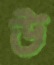
উ